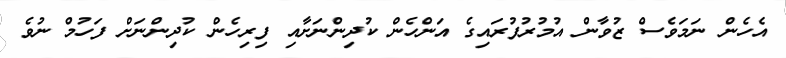
އެހެން ނަމަވެސް ޒުވާން އުމުރުފުރައިގެ އަންހެން ކުދިންނަށާއި ފިރިހެން ކުދިންނަށް ފަހުމް ނުވެ